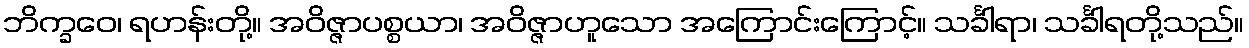
ဘိက္ခဝေ၊ ရဟန်းတို့။ အဝိဇ္ဇာပစ္စယာ၊ အဝိဇ္ဇာဟူသော အကြောင်းကြောင့်။ သင်္ခါရာ၊ သင်္ခါရတို့သည်။